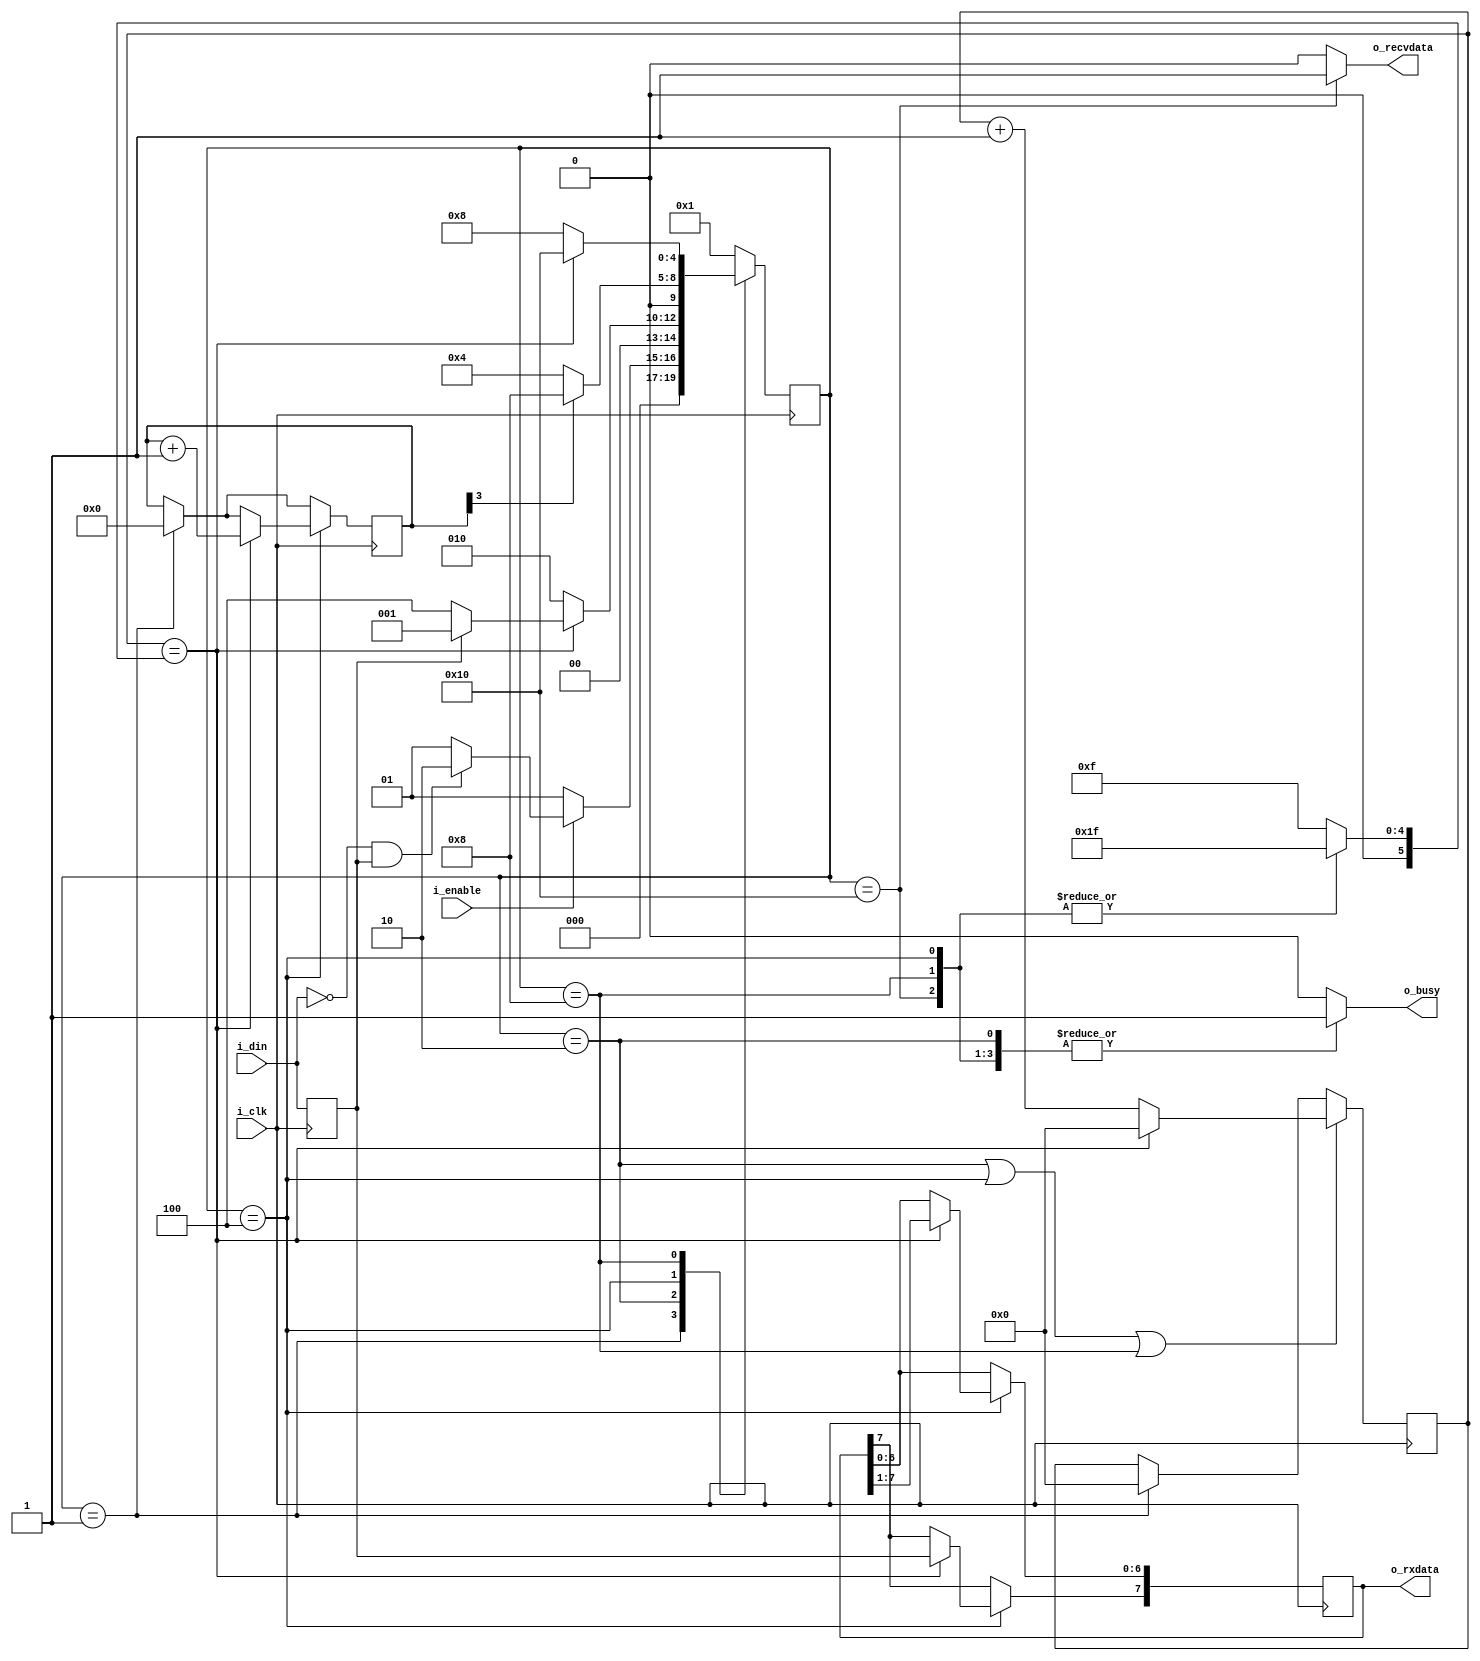
module uart_rx 
	#(
		parameter TICKS_PER_BIT = 32,
		parameter TICKS_PER_BIT_SIZE = 6
	)
	
	(
		input i_clk,
		input i_enable,
		
		input i_din,
		
		output [7:0] o_rxdata,
		output reg o_recvdata,
		output reg o_busy
	);
	
	localparam TICKS_TO_BIT		= TICKS_PER_BIT-1;
	localparam TICKS_TO_MIDLE	= TICKS_TO_BIT/2;
	
	reg [7:0] rx_data;
	assign o_rxdata = rx_data;

	reg din_buff;
	wire din_negedge_signal = ~i_din & din_buff;
	
	reg [3:0] bit_counter;
	reg [TICKS_PER_BIT_SIZE-1:0] bit_ticks_counter;
	
	reg [TICKS_PER_BIT_SIZE-1:0] bit_ticks_comparator;
	
	wire bit_ticks_ovf_signal			= (bit_ticks_counter == bit_ticks_comparator);
	wire bit_counter_ovf_signal 		= (bit_counter[3]); 

	initial begin
		currentState = STATE_IDLE;
		bit_ticks_counter = 0;
		bit_counter = 0;
		din_buff = 1;
		rx_data = 0;
	end
	
	localparam	STATE_IDLE			= 5'b00001,
				STATE_RECEIVE_START	= 5'b00010,
				STATE_RECEIVE_DATA	= 5'b00100,
				STATE_RECEIVE_STOP	= 5'b01000,
				STATE_DONE			= 5'b10000;
	
	reg [4:0] currentState, nextState;
	
	always@(*) begin
		case (currentState)

			default: begin
				nextState = STATE_IDLE;
				o_recvdata = 0;
				o_busy = 0;
				bit_ticks_comparator = TICKS_TO_MIDLE;
			end

			STATE_IDLE: begin 
				o_recvdata = 0;
				o_busy = 0;
				bit_ticks_comparator = TICKS_TO_MIDLE;
				
				if(i_enable)
					if(din_negedge_signal)
						nextState = STATE_RECEIVE_START;
					else 
						nextState = STATE_IDLE;
				else
					nextState = STATE_IDLE;
			end 
			
			STATE_RECEIVE_START: begin
				o_recvdata = 0;
				o_busy = 1;
				bit_ticks_comparator = TICKS_TO_MIDLE;

				if(bit_ticks_ovf_signal) begin 
					if(!din_buff)
						nextState = STATE_RECEIVE_DATA;
					else
						nextState = STATE_IDLE;
				end 
				else
					nextState = STATE_RECEIVE_START;
			end 
			
			STATE_RECEIVE_DATA: begin 
				o_recvdata = 0;
				o_busy = 1;
				bit_ticks_comparator = TICKS_TO_BIT;

				if(bit_counter_ovf_signal)
					nextState = STATE_RECEIVE_STOP;
				else
					nextState = STATE_RECEIVE_DATA;
			end 
			
			STATE_RECEIVE_STOP: begin
				o_recvdata = 0;
				o_busy = 1;
				bit_ticks_comparator = TICKS_TO_BIT;
				
				if(bit_ticks_ovf_signal)
					nextState = STATE_DONE;
				else
					nextState = STATE_RECEIVE_STOP;
			end 
			
			STATE_DONE: begin 
				o_recvdata = 1;
				o_busy = 1;
				bit_ticks_comparator = TICKS_TO_BIT;
				nextState = STATE_IDLE;
			end 
		endcase
	end
	
	always @(posedge i_clk) begin 
		currentState <= nextState;
		din_buff <= i_din;
		
		if(currentState == STATE_IDLE) begin 
			bit_ticks_counter <= 0;
			bit_counter <= 0;
		end
		
		if(	currentState == STATE_RECEIVE_START || 
			currentState == STATE_RECEIVE_DATA	||
			currentState == STATE_RECEIVE_STOP) begin 
			
			if(bit_ticks_ovf_signal)
				bit_ticks_counter <= 0;
			else
				bit_ticks_counter <= bit_ticks_counter + 1;
		end
		
		
		if(currentState == STATE_RECEIVE_DATA) begin 
			if(bit_ticks_ovf_signal) begin
				bit_counter <= bit_counter + 1;
				rx_data <= rx_data[7:1]; 
				rx_data[7] <= din_buff;
			end
		end
	end
endmodule